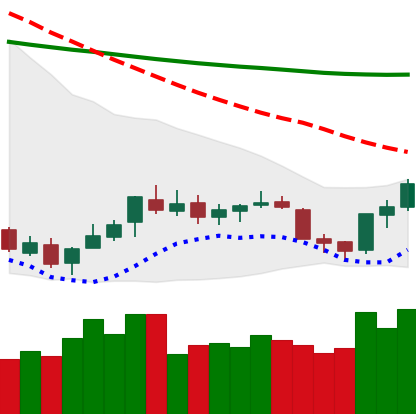
Ticker: XLM-USD
Chart end date: 2018-07-15
Forward return: 23.478%
Label: up_7plus